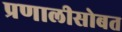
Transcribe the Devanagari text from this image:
प्रणालीसोबत